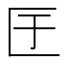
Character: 𭅕